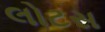
લોટસ